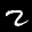
Label: 2